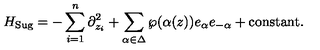
H _ { \mathrm { S u g } } = - \sum _ { i = 1 } ^ { n } \partial _ { z _ { i } } ^ { 2 } + \sum _ { \alpha \in \Delta } \wp ( \alpha ( z ) ) e _ { \alpha } e _ { - \alpha } + \mathrm { c o n s t a n t } .